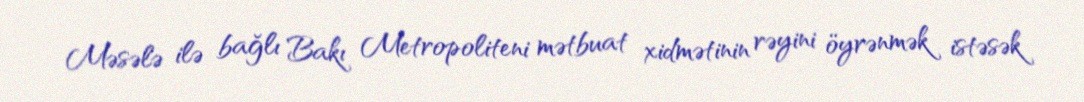
Məsələ ilə bağlı Bakı Metropoliteni mətbuat xidmətinin rəyini öyrənmək istəsək